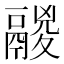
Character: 鬷